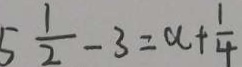
5 \frac { 1 } { 2 } - 3 = a + \frac { 1 } { 4 }